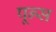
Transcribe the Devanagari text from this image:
पून्स